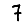
Digit: 7